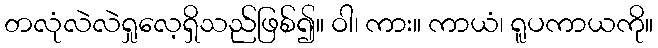
တလုံလဲလဲရှုလေ့ရှိသည်ဖြစ်၍။ ဝါ၊ ကား။ ကာယံ၊ ရူပကာယကို။